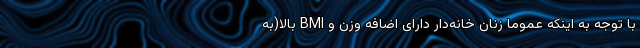
با توجه به اینکه عموما زنان خانه‌دار دارای اضافه وزن و BMI بالا(به